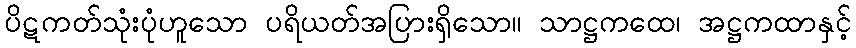
ပိဋကတ်သုံးပုံဟူသော ပရိယတ်အပြားရှိသော။ သာဋ္ဌကထေ၊ အဋ္ဌကထာနှင့်